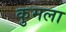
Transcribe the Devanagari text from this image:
कुमला